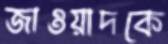
জাওয়াদকে